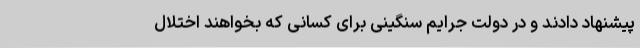
پیشنهاد دادند و در دولت جرایم سنگینی برای کسانی که بخواهند اختلال